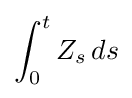
\int _{0}^{t}Z_{s}\,ds